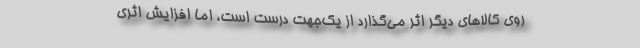
روی کالاهای دیگر اثر می‌گذارد از یک‌جهت درست است، اما افزایش اثری